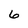
Character: 6